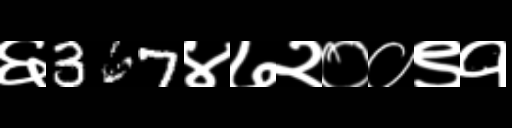
Text: ६367४७२००९१